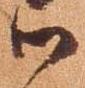
御